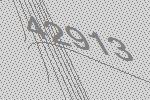
42913